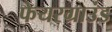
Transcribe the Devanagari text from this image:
फेयरग्राउंड